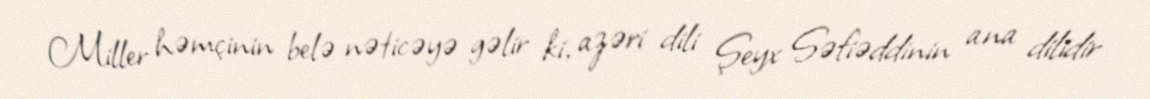
Miller həmçinin belə nəticəyə gəlir ki, azəri dili Şeyx Səfiəddinin ana dilidir